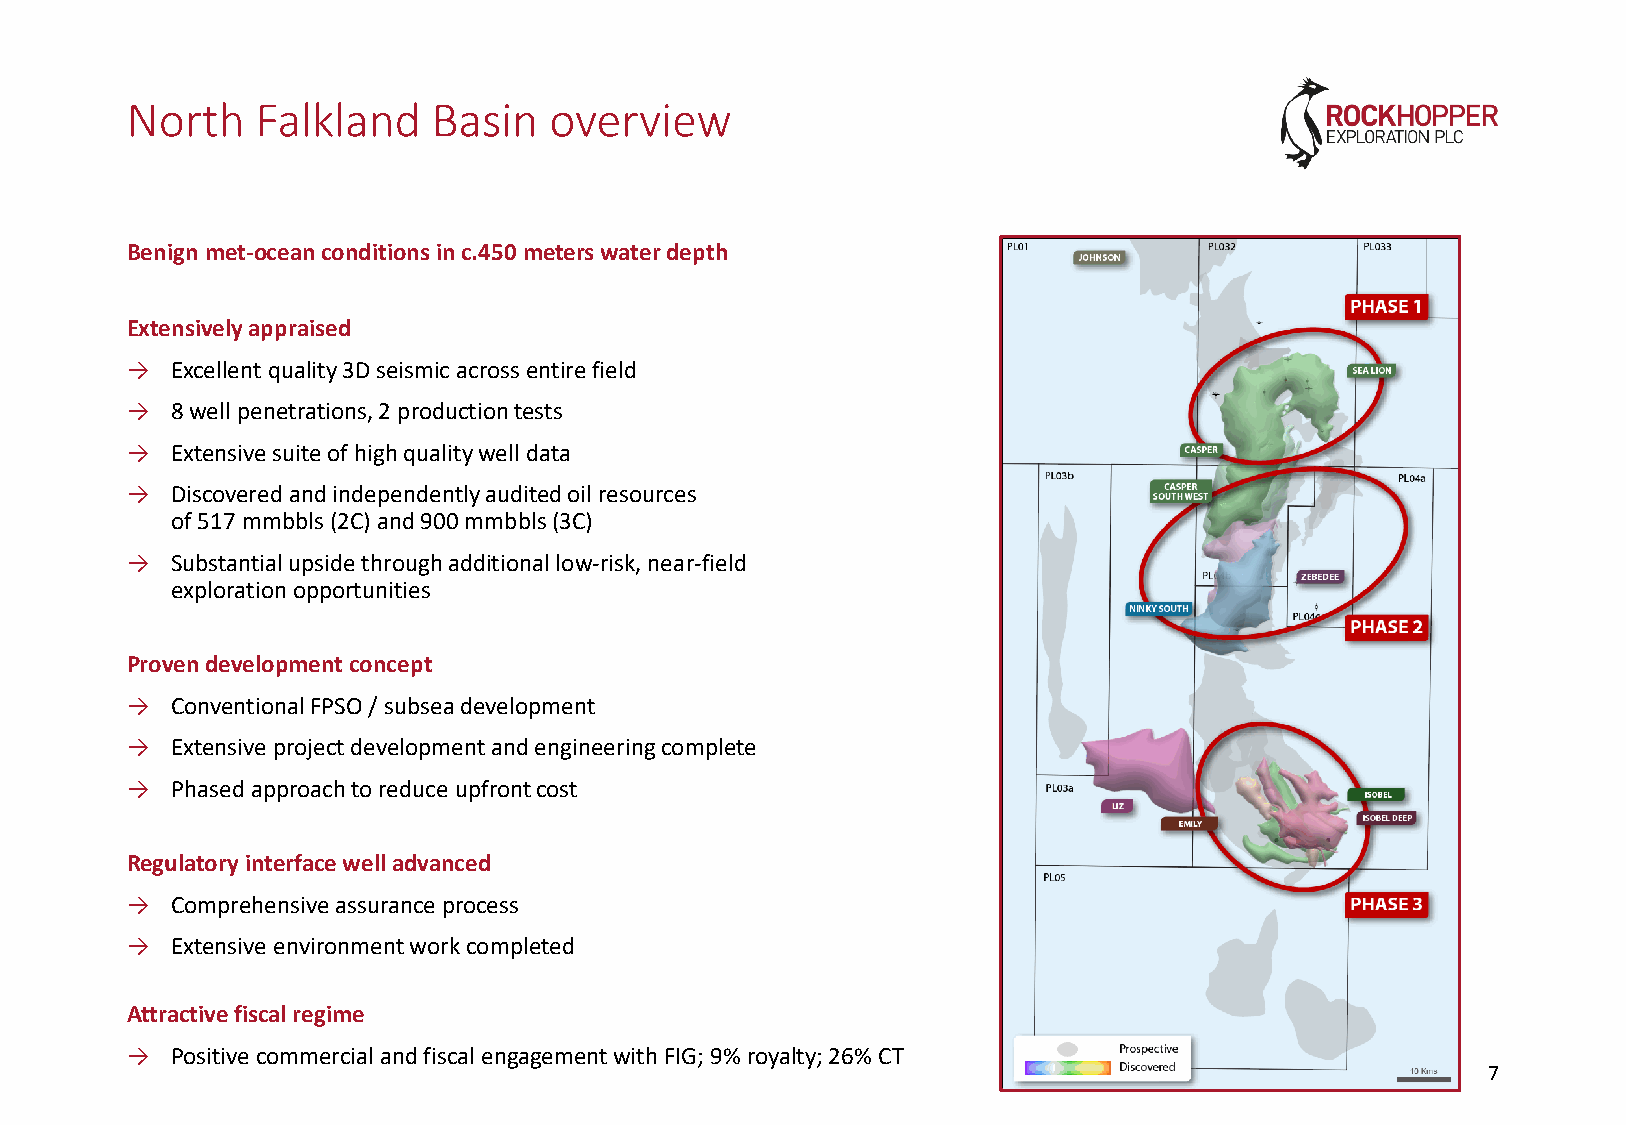
North    Falkland    Basin  overview
 Benign met-ocean conditions in c.450 meters water depth
 Extensively appraised
 →  Excellent quality 3D seismic across entire field
 →  8 well penetrations, 2 production tests
 →  Extensive suite of high quality well data
 →  Discovered and independently audited oil resources
 of 517 mmbbls(2C) and 900 mmbbls(3C)
 →  Substantial upside through additional low-risk, near-field
 exploration opportunities
 Proven development concept
 →  Conventional FPSO / subsea development
 →  Extensive project development and engineering complete
 →  Phased approach to reduce upfront cost
 Regulatory interface well advanced
 →  Comprehensive assurance process
 →  Extensive environment work completed
 Attractive fiscal regime
 →  Positive commercial and fiscal engagement with FIG; 9% royalty; 26% CT
 7